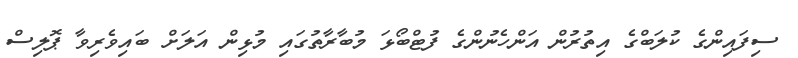
ސިފައިންގެ ކުލަބްގެ އިތުރުން އަންހެނުންގެ ފުޓްބޯޅަ މުބާރާތުގައި މުޅިން އަލަށް ބައިވެރިވާ ޕޮލިސް